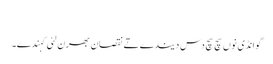
‏
گوانڈی نوں سچ سچ دس دیندے تے نقصان بھرن لئی کہندے۔